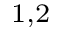
^ { 1 , 2 }